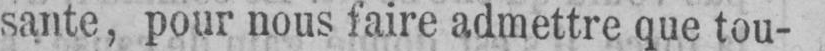
sante, pour nous faire admettre que tou-